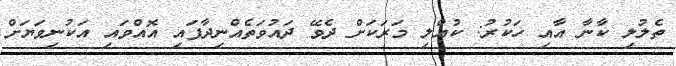
ތެލުލި ކާނާ އާއި ހަކުރު: ކުއްލި މަރަކަށް ދެވޭ ދައުވަތެއްނިދާފައި އޮއްވައި އަކުނިވަޔަށް